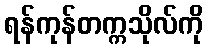
ရန်ကုန်တက္ကသိုလ်ကို